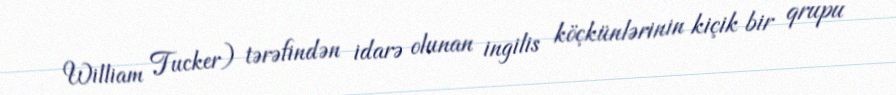
William Tucker) tərəfindən idarə olunan ingilis köçkünlərinin kiçik bir qrupu